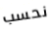
نحسب